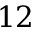
1 2